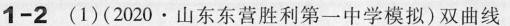
1-2 (1) (2020·山东东营胜利第一中学模拟)双曲线